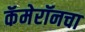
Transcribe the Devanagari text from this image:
कॅमेरॉनचा